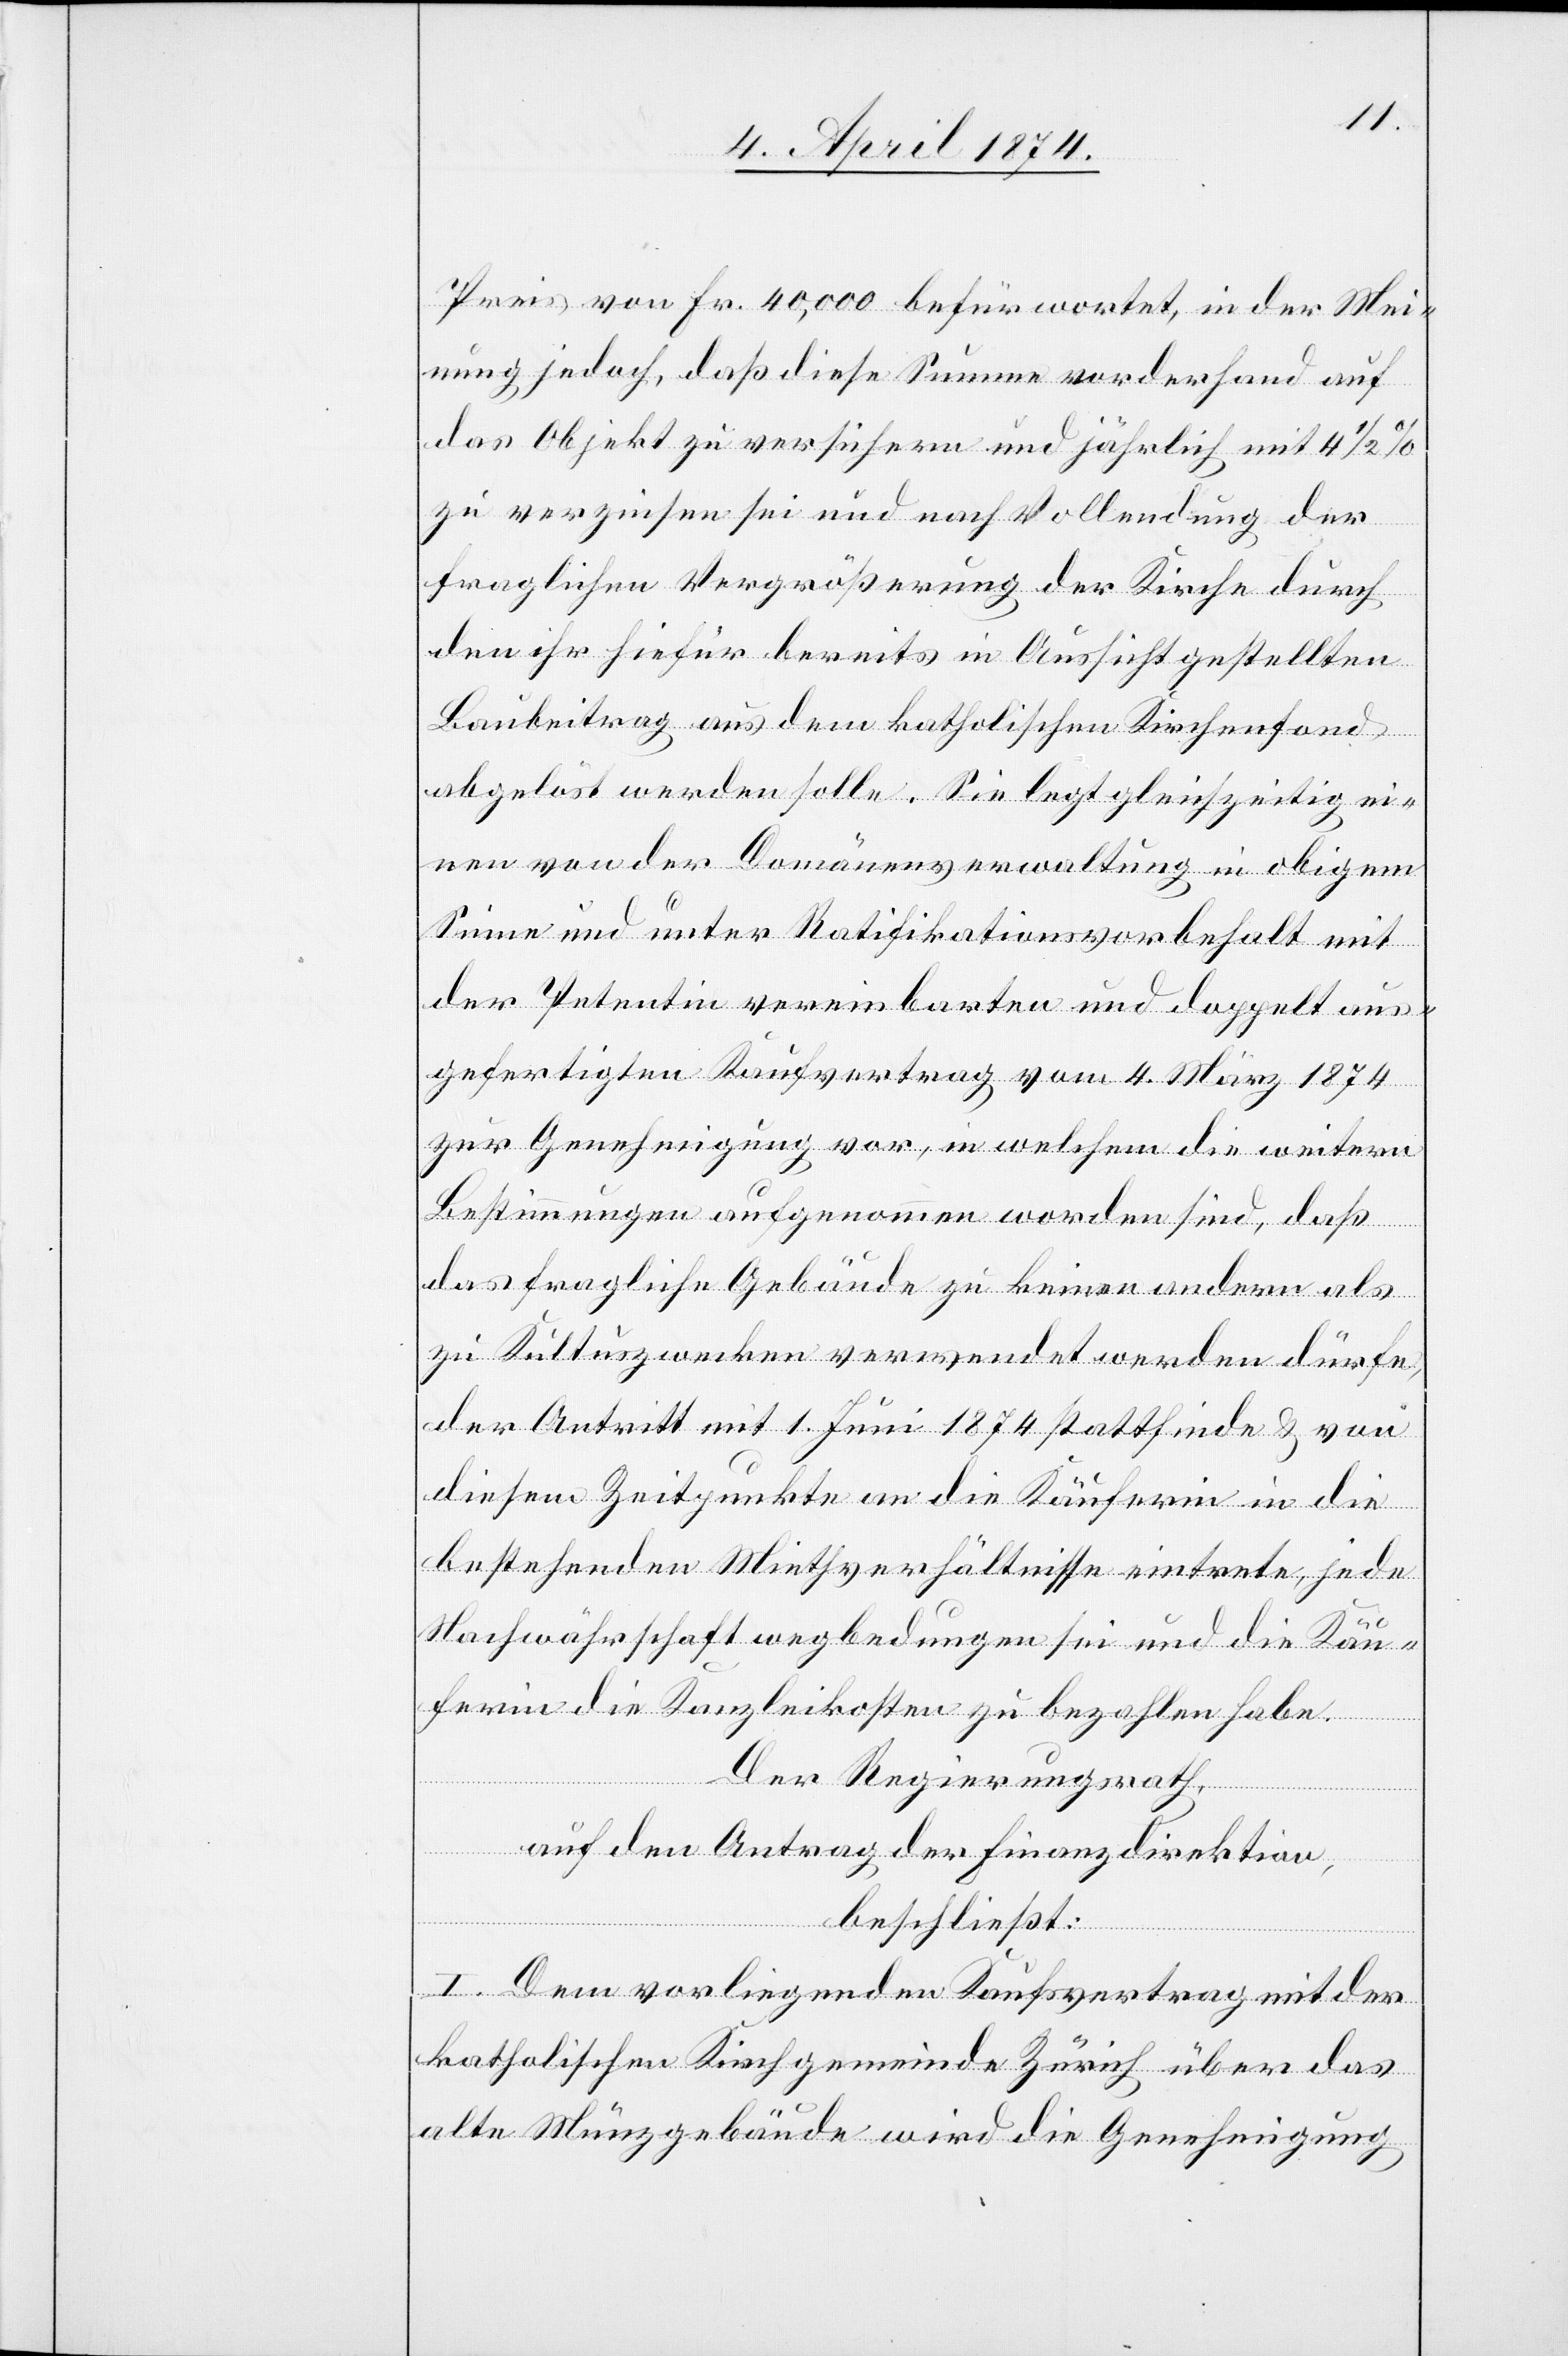
Preis von Fr. 40,000 befürwortet, in der Mei¬
nung jedoch, daß diese Summe vorderhand auf
das Objekt zu versichern und jährlich mit 4 1/2%
zu verzinsen sei und nach Vollendung der
fraglichen Vergrößerung der Kirche durch
den ihr hiefür bereits in Aussicht gestellten
Baubeitrag aus dem katholischen Kirchenfond
abgelöst werden solle. Sie legt gleichzeitig ei¬
nen von der Domänenverwaltung in obigem
Sinne und unter Ratifikationsvorbehalt mit
der Petentin vereinbarten und doppelt aus¬
gefertigten Kaufvertrag vom 4. März 1874
zur Genehmigung vor, in welchem die weitern
Bestimmungen aufgenommen worden sind, daß
das fragliche Gebäude zu keinen andern als
zu Kultuszwecken verwendet werden dürfen
der Antritt mit 1. Juni 1874 stattfinde u. von
diesem Zeitpunkte an die Käuferin in die
bestehenden Miethverhältnisse eintrete, jede
Nachwährschaft wegbedungen sei und die Käu¬
ferin die Kanzleikosten zu bezahlen habe.
Der Regierungsrath,
auf den Antrag der Finanzdirektion,
beschließt:
I. Dem vorliegenden Kaufsvertrag mit der
katholischen Kirchgemeinde Zürich über das
alte Münzgebäude wird die Genehmigung